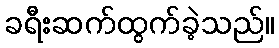
ခရီးဆက်ထွက်ခဲ့သည်။